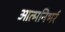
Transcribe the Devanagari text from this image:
आत्मनिभर्र